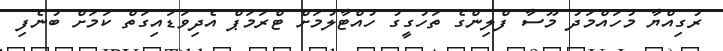
ރުގިއްޔާ މުހައްމަދު މޫސާ ފްލިންގެ ތަހުގީގު ހުއްޓާލުމަށް ޓްރަމަޕް އެދިވަޑައިގަތް ކަމަށް ބުނެފި